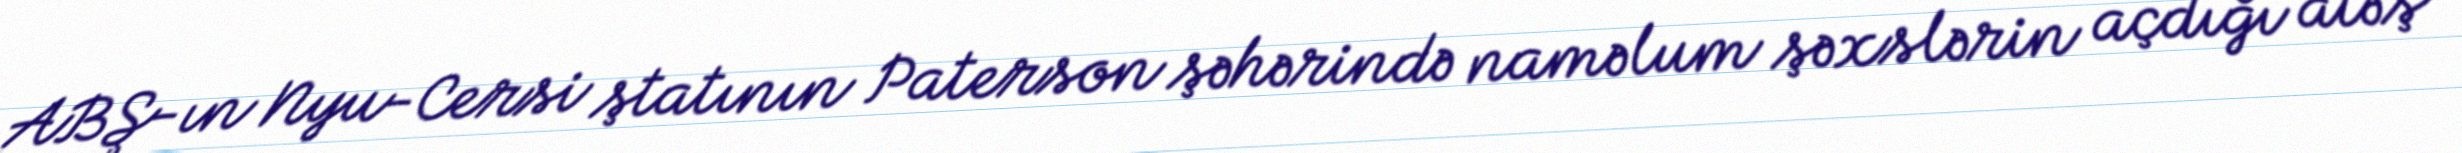
ABŞ-ın Nyu-Cersi ştatının Paterson şəhərində naməlum şəxslərin açdığı atəş